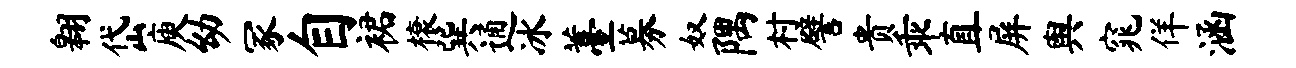
翱岱庾幼冢自裙榱巽通冰薹募奴隅村譬贵乖直屏舆窕佯涵